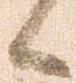
候